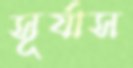
সূর্যাস